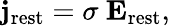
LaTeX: {\mathbf j}_{\mathrm{rest}}=\sigma~{\mathbf E}_{\mathrm{rest}},